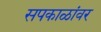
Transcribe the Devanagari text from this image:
सपकाळांवर